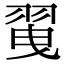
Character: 𦐪